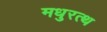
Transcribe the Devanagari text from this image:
मधुरत्थ